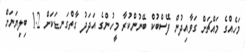
މަހެއްގެ މައްޗަށް ގަވާއިދުން ފޭސްބުކް ބޭނުންކުރާ މީހުންގެ އަދަދު ގާތްގަނޑަކަށް 1.2 ބިލިޔަނަށް